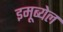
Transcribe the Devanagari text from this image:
इमूब्येल